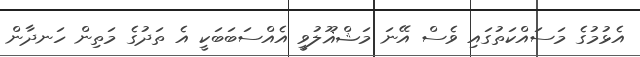
އެޅުމުގެ މަސައްކަތުގައި ވެސް އޭނަ މަޝްޣޫލުވީ އެއްސަބަބަކީ އެ ތަދުގެ މަތިން ހަނދާން